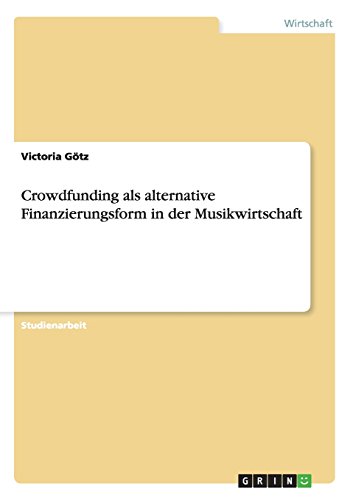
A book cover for Crowdfunding als alternative Finanzierungsform in der Musikwirtschaft (German Edition); Victoria GÃ¶tz; Business & Money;